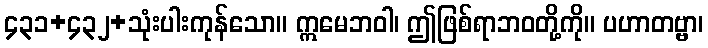
၄၃၁+၄၃၂+သုံးပါးကုန်သော။ ဣမေဘဝါ၊ ဤဖြစ်ရာဘဝတို့ကို။ ပဟာတဗ္ဗာ၊